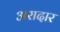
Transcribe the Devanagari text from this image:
अरादार